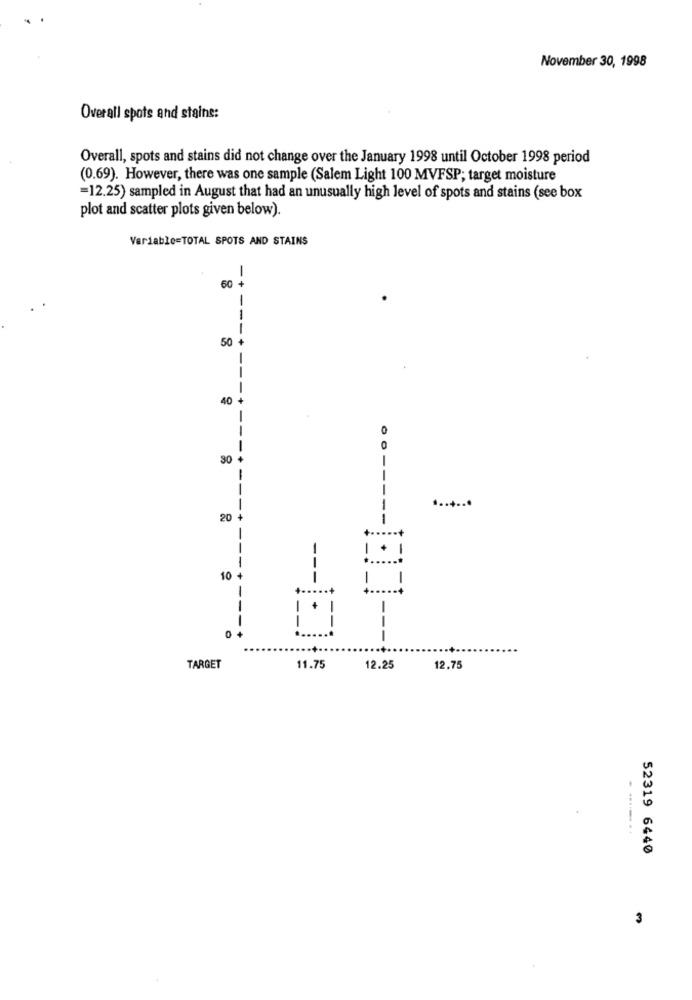
November 30, 1998
Overall spots and stains:
Overall, spots and stains did not change over the January 1998 until October 1998 period
(0.69). However, there was one sample (Salem Light 100 MVFSP; target moisture
=12.25) sampled in August that had an unusually high level of spots and stains (see box
plot and scatter plots given below).
Variable=TOTAL SPOTS AND STAINS
-+
60
-
-
-
50
-
-
40
-
30
-
---
.......
20
1
--: +
i
10
i
-
!
-
--
i
1
TARGET
11.75
12.25
12.75
. ........
52319 6440
3